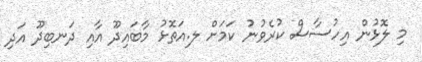
މި ލޮޅުން އިހުސާސް ކުރެވުނު ކަމަށް ލ.އަތޮޅު މާބައިދޫ އާއި ދަނބިދޫ އަދި